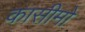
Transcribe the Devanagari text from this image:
कासीमो